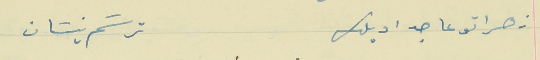
زهراتو عا جداديلك                                              ترسَم نيسَان